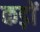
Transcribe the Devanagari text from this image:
कड़ों